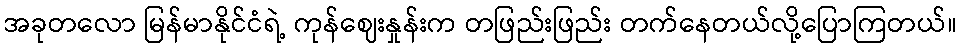
အခုတလော မြန်မာနိုင်ငံရဲ့ ကုန်ဈေးနှုန်းက တဖြည်းဖြည်း တက်နေတယ်လို့ပြောကြတယ်။